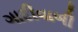
ગાદીવાળી